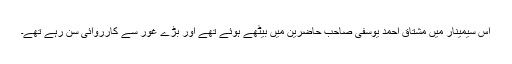
اس سیمینار میں مشتاق احمد یوسفی صاحب حاضرین میں بیٹھے ہوئے تھے اور بڑے غور سے کارروائی سن رہے تھے۔